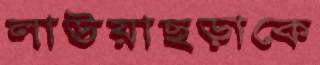
লাউয়াছড়াকে